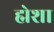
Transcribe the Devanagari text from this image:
ह्मेशा